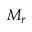
\textstyle { M _ { r } } \,